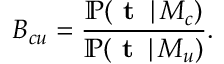
B _ { c u } = \frac { \mathbb { P } ( \textbf { t } \, | \, M _ { c } ) } { \mathbb { P } ( \textbf { t } \, | \, M _ { u } ) } .